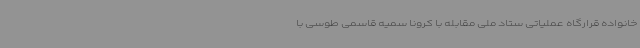
خانواده قرارگاه عملیاتی ستاد ملی مقابله با کرونا سمیه قاسمی طوسی با